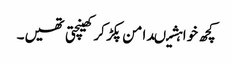
کچھ خواہشیںدامن پکڑ کر کھینچتی تھیں۔